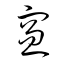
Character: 窗